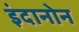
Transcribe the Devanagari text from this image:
इंदानोन